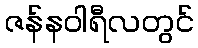
ဇန်နဝါရီလတွင်